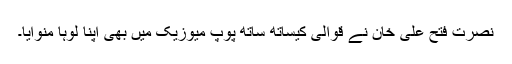
نصرت فتح علی خان نے قوالی کیساتھ ساتھ پوپ میوزیک میں بھی اپنا لوہا منوایا۔